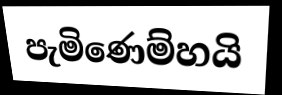
පැමිණෙම්හයි